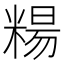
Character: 糃